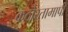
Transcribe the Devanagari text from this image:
कठोरतामापी